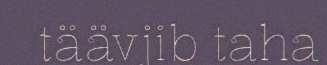
täävjib taha